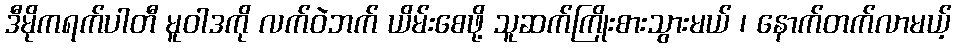
ဒီမိုကရက်ပါတီ မူဝါဒကို လက်ဝဲဘက် ယိမ်းစေဖို့ သူဆက်ကြိုးစားသွားမယ် ၊ နောက်တက်လာမယ့်